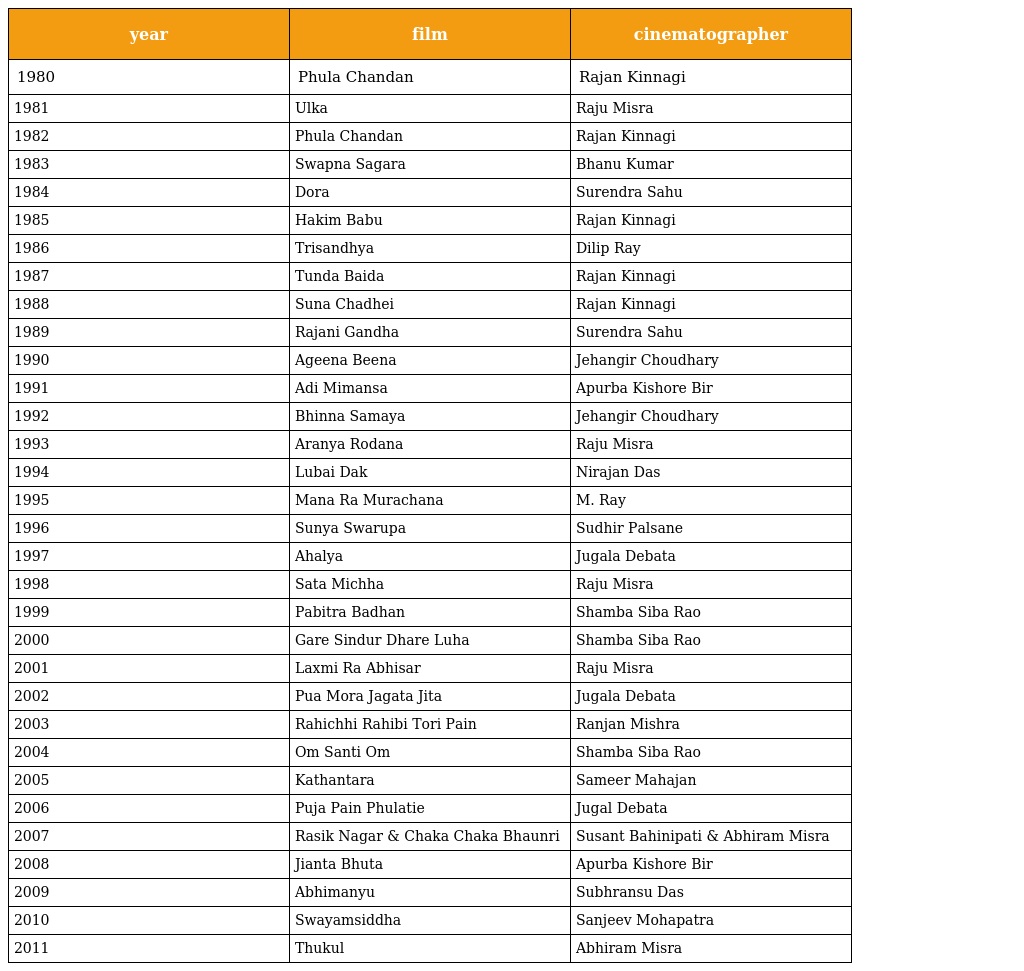
| year | film | cinematographer |
 | --- | --- | --- |
 | 1980 | Phula Chandan | Rajan Kinnagi |
 | 1981 | Ulka | Raju Misra |
 | 1982 | Phula Chandan | Rajan Kinnagi |
 | 1983 | Swapna Sagara | Bhanu Kumar |
 | 1984 | Dora | Surendra Sahu |
 | 1985 | Hakim Babu | Rajan Kinnagi |
 | 1986 | Trisandhya | Dilip Ray |
 | 1987 | Tunda Baida | Rajan Kinnagi |
 | 1988 | Suna Chadhei | Rajan Kinnagi |
 | 1989 | Rajani Gandha | Surendra Sahu |
 | 1990 | Ageena Beena | Jehangir Choudhary |
 | 1991 | Adi Mimansa | Apurba Kishore Bir |
 | 1992 | Bhinna Samaya | Jehangir Choudhary |
 | 1993 | Aranya Rodana | Raju Misra |
 | 1994 | Lubai Dak | Nirajan Das |
 | 1995 | Mana Ra Murachana | M. Ray |
 | 1996 | Sunya Swarupa | Sudhir Palsane |
 | 1997 | Ahalya | Jugala Debata |
 | 1998 | Sata Michha | Raju Misra |
 | 1999 | Pabitra Badhan | Shamba Siba Rao |
 | 2000 | Gare Sindur Dhare Luha | Shamba Siba Rao |
 | 2001 | Laxmi Ra Abhisar | Raju Misra |
 | 2002 | Pua Mora Jagata Jita | Jugala Debata |
 | 2003 | Rahichhi Rahibi Tori Pain | Ranjan Mishra |
 | 2004 | Om Santi Om | Shamba Siba Rao |
 | 2005 | Kathantara | Sameer Mahajan |
 | 2006 | Puja Pain Phulatie | Jugal Debata |
 | 2007 | Rasik Nagar & Chaka Chaka Bhaunri | Susant Bahinipati & Abhiram Misra |
 | 2008 | Jianta Bhuta | Apurba Kishore Bir |
 | 2009 | Abhimanyu | Subhransu Das |
 | 2010 | Swayamsiddha | Sanjeev Mohapatra |
 | 2011 | Thukul | Abhiram Misra |